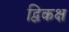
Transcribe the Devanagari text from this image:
द्विकक्ष